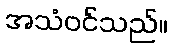
အသံဝင်သည်။